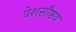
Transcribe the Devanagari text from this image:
वेशसौष्ठव